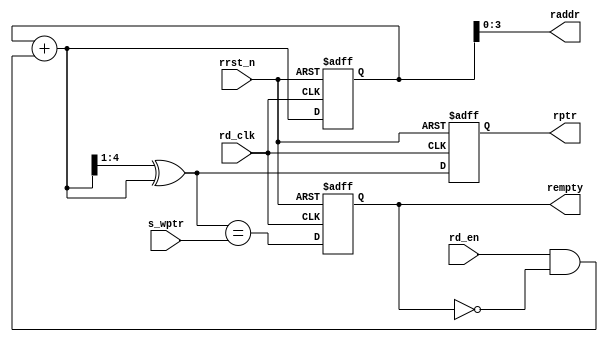
`timescale 1ns/10ps
module rptr_empty #(
   parameter ASIZE = 4
)
(  input  wire             rd_en  ,
   input  wire             rd_clk   , 
   input  wire             rrst_n , 
   input  wire [ASIZE:0]   s_wptr , 
   output reg              rempty ,
   output      [ASIZE-1:0] raddr  ,
   output reg  [ASIZE :0]  rptr
);
   reg  [ASIZE:0] bin;
   wire [ASIZE:0] gnext, bnext;
   wire empty_val ; 
   
   always @(posedge rd_clk or negedge rrst_n) begin
      if (!rrst_n) begin 
         {bin, rptr} <= 0;
      end else begin 
         {bin, rptr} <= {bnext, gnext};
      end 
   end 

   assign raddr = bin[ASIZE-1:0];
   assign bnext = bin + (rd_en & ~rempty);
   assign gnext = (bnext>>1) ^ bnext;


   assign empty_val = (gnext == s_wptr);
   always @(posedge rd_clk or negedge rrst_n) begin 
      if (!rrst_n) begin 
         rempty <= 1'b1;
      end else begin  
         rempty <= empty_val;
      end 
   end 
endmodule